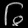
Digit: ၆